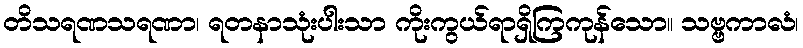
တိသရဏသရဏာ၊ ရတနာသုံးပါးသာ ကိုးကွယ်ရာရှိကြကုန်သော။ သဗ္ဗကာလံ၊